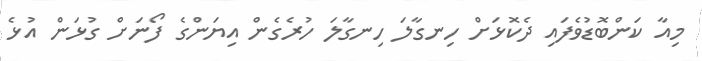
މިއާ ކަންބޮޑުވެފައި ދެކޮޅަށް ހިނގާލަ ހިނގާލަ ހުރެގެން އިޔަންގެ ފޯނަށް ގުޅަން އުޅެ